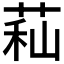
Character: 𦱑